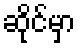
ဆိုင်မှာ